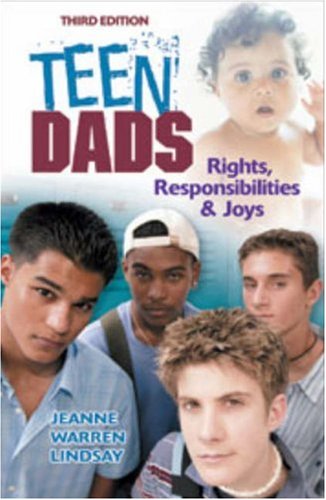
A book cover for Teen Dads: Rights, Responsibilities & Joys (Teen Pregnancy and Parenting series); Jeanne Warren Lindsay; Teen & Young Adult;